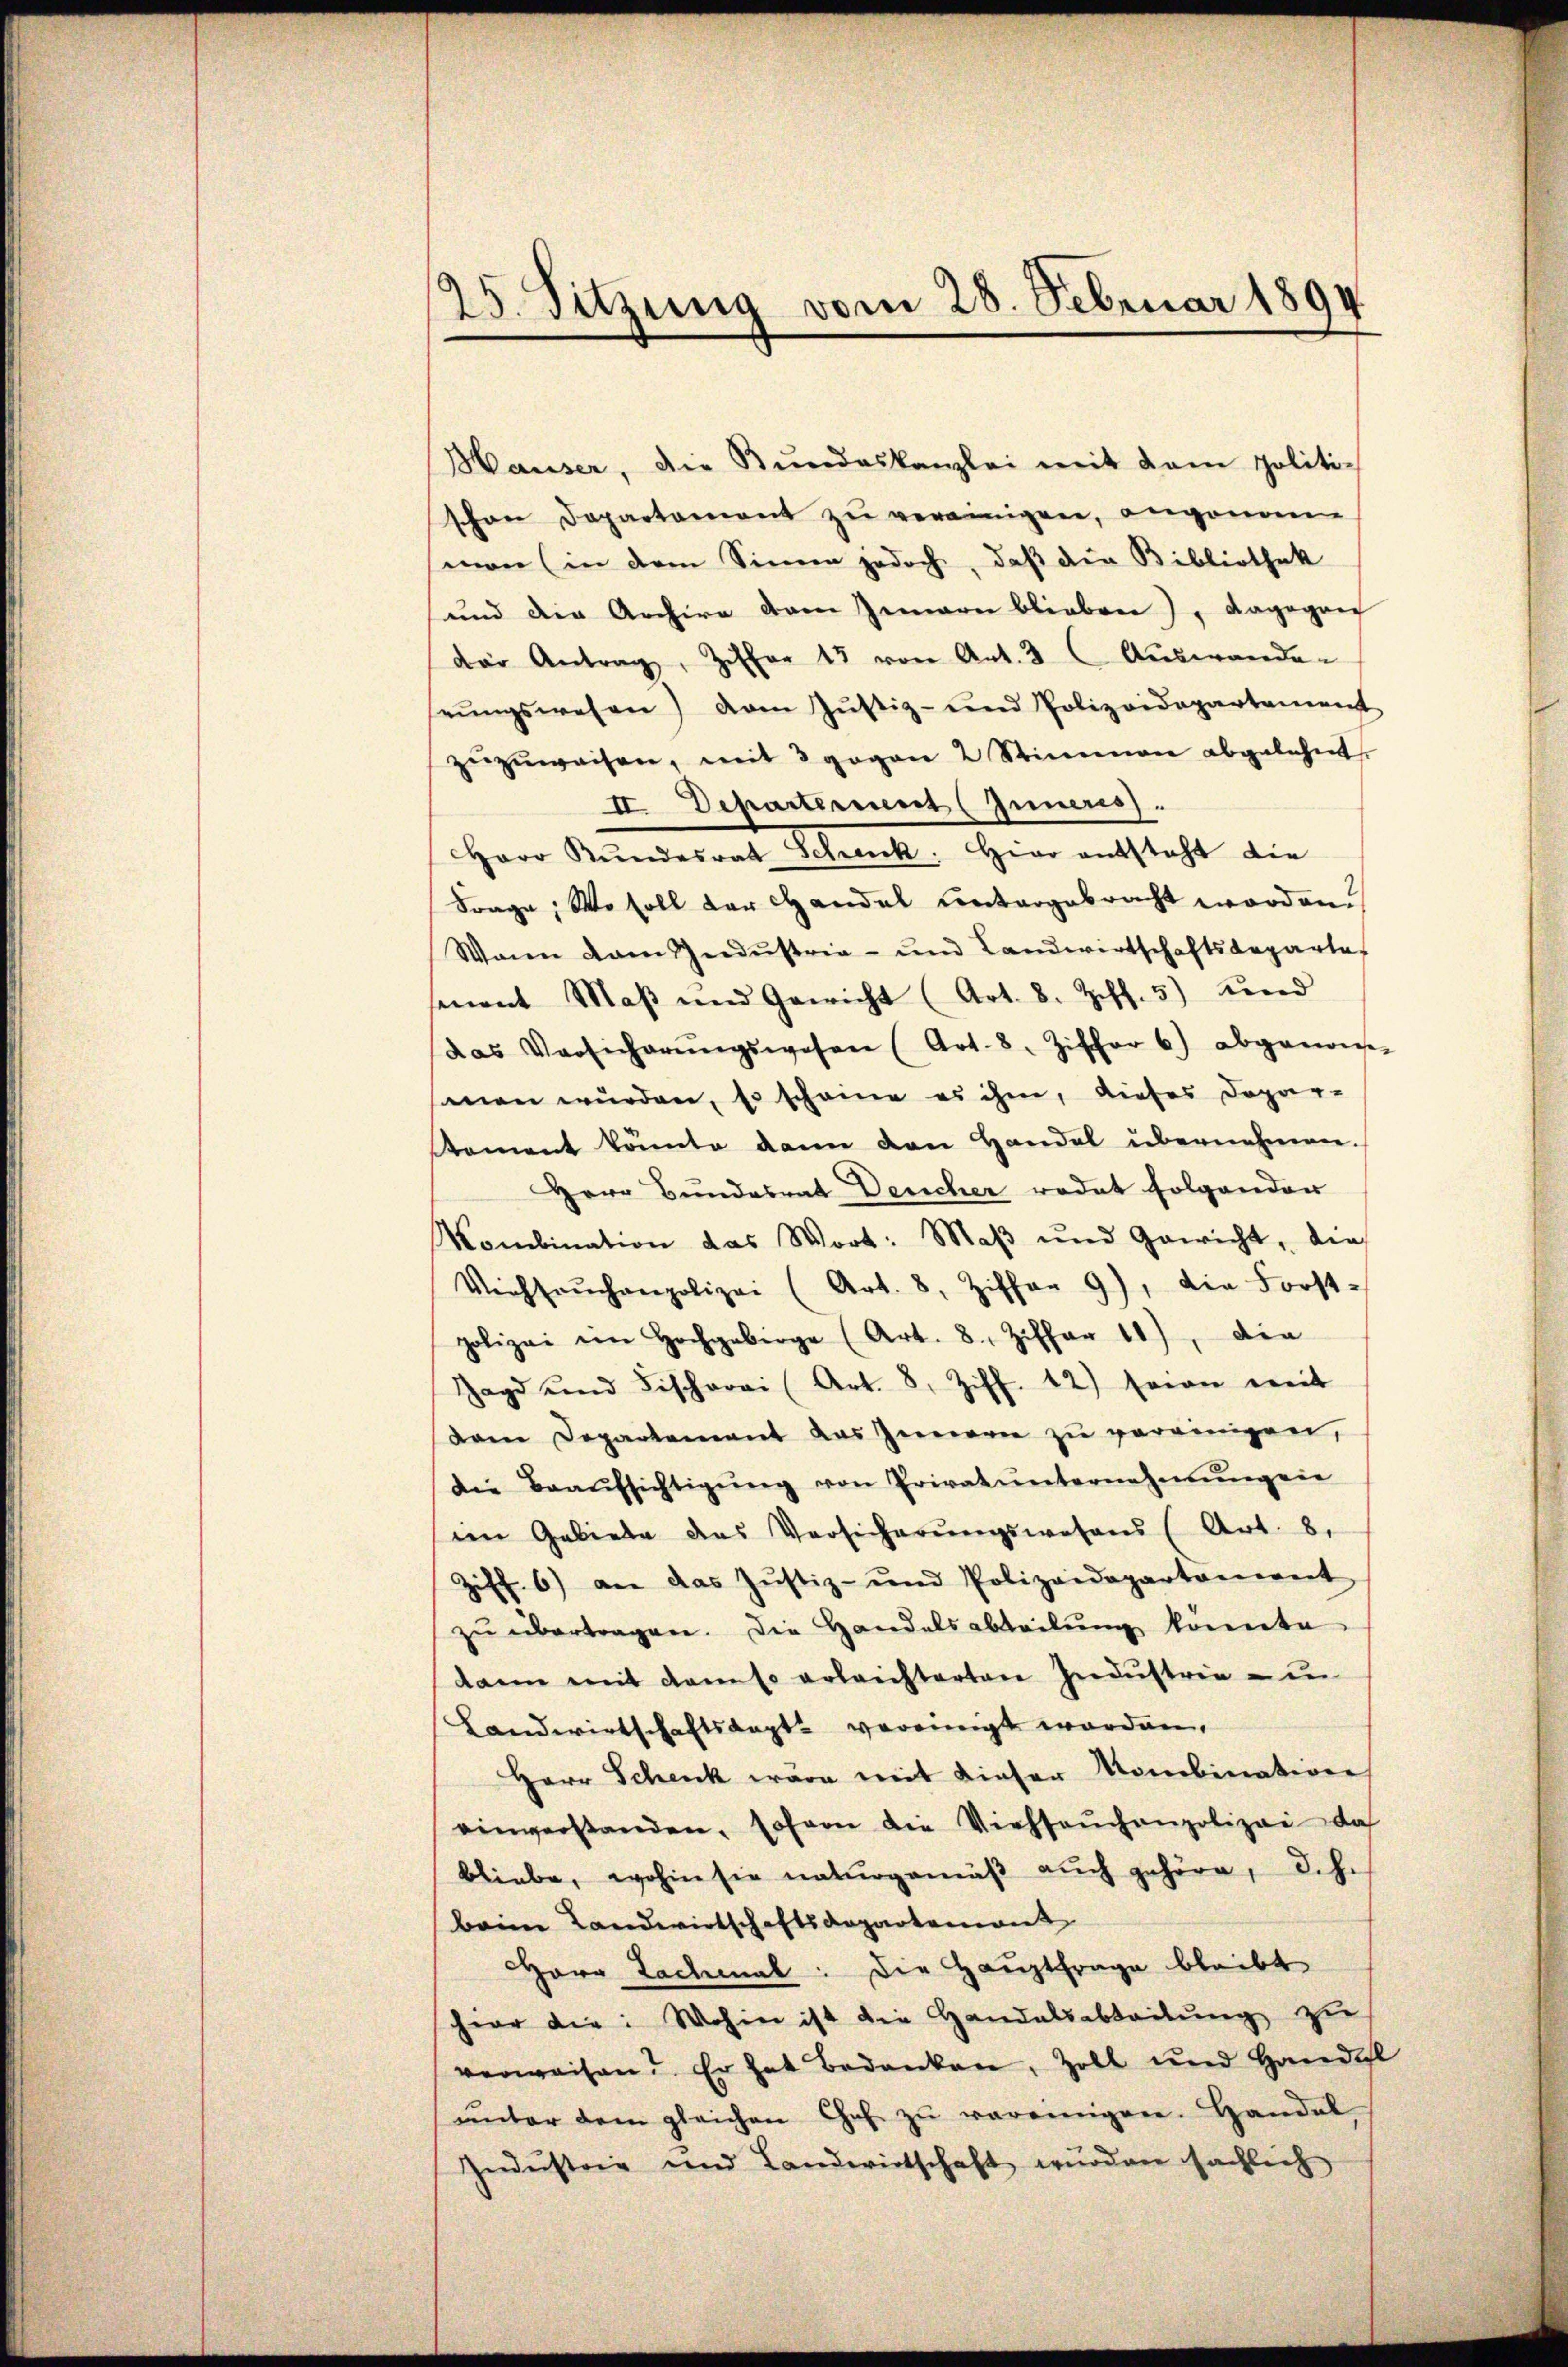
25. Sitzung vom 28. Februar 1894.
d

Hauser, die Bŭndeskanzlei mit dem politi-
schon Departament zu vereinigen, angenann
mon (in dem Sinnen jedoch, daß die Bibliothek
und die Archive dem Zwarn blieben), dagegen
der Antrag, Ziffer 13 von Art. 3. Auswanden
rŭngswesen) vom Jŭstiz- und Polizeidepartement
zŭzŭweisen, mit 3 gegen 2 Stimmen abgelehnt.
II. Departement (Inneres.
Herr Rŭndesrat Schenk. Hier entsteht die
Frage: Wo soll der Handel untergebracht worden.
Wann am Indŭstria- und Landwirtschaftsdeparta
senant Maβ und Gewicht (Art. 8. Ziff. 5) und
das Versicherŭngswesen (Art. 8. Ziffer 6) abgenom-
men würden, so scheine es ihm, dieses Dopar-
Koment könnte dann den Handel übernehmen.
Herr Bundesrat Deucher redet folgender
Mombination das Wort: Maβ und Gewicht, die
Verhaŭchenpolizei (Art. 8, Ziffer 9), die Forst-
polizei im Hochgebirge (Art. 8, Ziffer 11), die
Jagd und Fischerei (Art. 8, Ziff. 12) seien weit
dam Departement das Innern zu vereinigen,
die Beaŭfsichtigŭng von Privatunternehmungen
im Gebiete des Versicherŭngswesens (Art. 8.
Ziff. 6) an das Justiz- und Polizeidepartaniert
zŭ übertragen. Die Handelsabteilung konnte
dann mit dem so erleichterten Industrie - in
Landwirtschaftskapt. vereinigt worden,
Herr Schenk wäre mit dieser Kombination
einverstanden, sofern die Viehseuchenpolizei das
bliebe, wohin sie naturgemäβ aŭch gehöre, d. h.
beim Landwirtschaftsdepartemont
Herr Lachmal: die Hauptfrage bleibt
heer die: Wohin ist die Handalsabteilŭng zu
verweisen? Er hat bedanken, Zoll und Handel
ŭnter dem gleichen Ges. zŭ vereinigen. Handel
Indŭstrie und Landwirtschaft würden sächlich